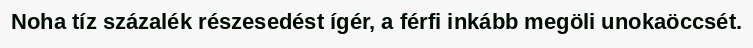
Noha tíz százalék részesedést ígér, a férfi inkább megöli unokaöccsét.